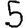
Digit: 5